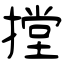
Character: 摚